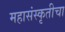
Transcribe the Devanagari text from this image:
महासंस्कृतीचा